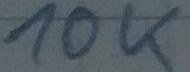
Text: 10K